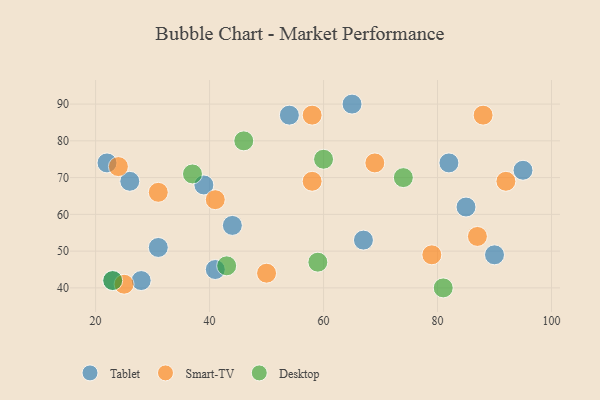
{"axis": {"x": "GDP", "y": "Life Expectancy"}, "legend": ["Desktop", "Smart-TV", "Tablet"], "data": [{"x": "26", "y": 69, "type": "Tablet"}, {"x": "28", "y": 42, "type": "Tablet"}, {"x": "90", "y": 49, "type": "Tablet"}, {"x": "82", "y": 74, "type": "Tablet"}, {"x": "31", "y": 51, "type": "Tablet"}, {"x": "54", "y": 87, "type": "Tablet"}, {"x": "85", "y": 62, "type": "Tablet"}, {"x": "44", "y": 57, "type": "Tablet"}, {"x": "95", "y": 72, "type": "Tablet"}, {"x": "39", "y": 68, "type": "Tablet"}, {"x": "65", "y": 90, "type": "Tablet"}, {"x": "23", "y": 42, "type": "Tablet"}, {"x": "41", "y": 45, "type": "Tablet"}, {"x": "22", "y": 74, "type": "Tablet"}, {"x": "67", "y": 53, "type": "Tablet"}, {"x": "69", "y": 74, "type": "Smart-TV"}, {"x": "58", "y": 87, "type": "Smart-TV"}, {"x": "50", "y": 44, "type": "Smart-TV"}, {"x": "92", "y": 69, "type": "Smart-TV"}, {"x": "88", "y": 87, "type": "Smart-TV"}, {"x": "31", "y": 66, "type": "Smart-TV"}, {"x": "87", "y": 54, "type": "Smart-TV"}, {"x": "41", "y": 64, "type": "Smart-TV"}, {"x": "24", "y": 73, "type": "Smart-TV"}, {"x": "79", "y": 49, "type": "Smart-TV"}, {"x": "25", "y": 41, "type": "Smart-TV"}, {"x": "58", "y": 69, "type": "Smart-TV"}, {"x": "60", "y": 75, "type": "Desktop"}, {"x": "74", "y": 70, "type": "Desktop"}, {"x": "43", "y": 46, "type": "Desktop"}, {"x": "37", "y": 71, "type": "Desktop"}, {"x": "46", "y": 80, "type": "Desktop"}, {"x": "59", "y": 47, "type": "Desktop"}, {"x": "23", "y": 42, "type": "Desktop"}, {"x": "81", "y": 40, "type": "Desktop"}]}